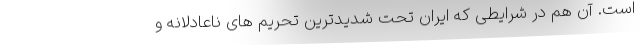
است. آن هم در شرایطی که ایران تحت شدیدترین تحریم های ناعادلانه و